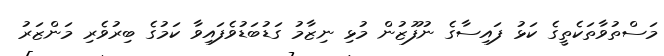
މަސްތުވާތަކެތީގެ ކަޅު ފައިސާގެ ނުފޫޒުން މުޅި ނިޒާމު ގަޑުބަޑުވެފައިވާ ކަމުގެ ބިރުވެރި މަންޒަރު